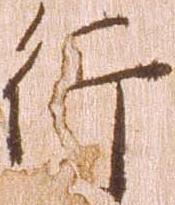
行